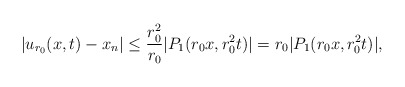
\begin{align*}|u_{r_0}(x,t) -x_n| \leq \frac{r_{0}^2}{r_0}| P_1(r_0 x, r_{0}^2 t)| = r_0 | P_1(r_0 x, r_{0}^2 t)|,\end{align*}